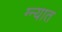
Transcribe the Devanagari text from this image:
ग्न्यात